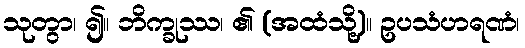
သုတွာ၊ ၍။ ဘိက္ခုဿ၊ ၏ (အထံသို့)။ ဥပသံဟရဏံ၊